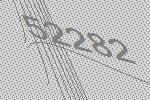
52282